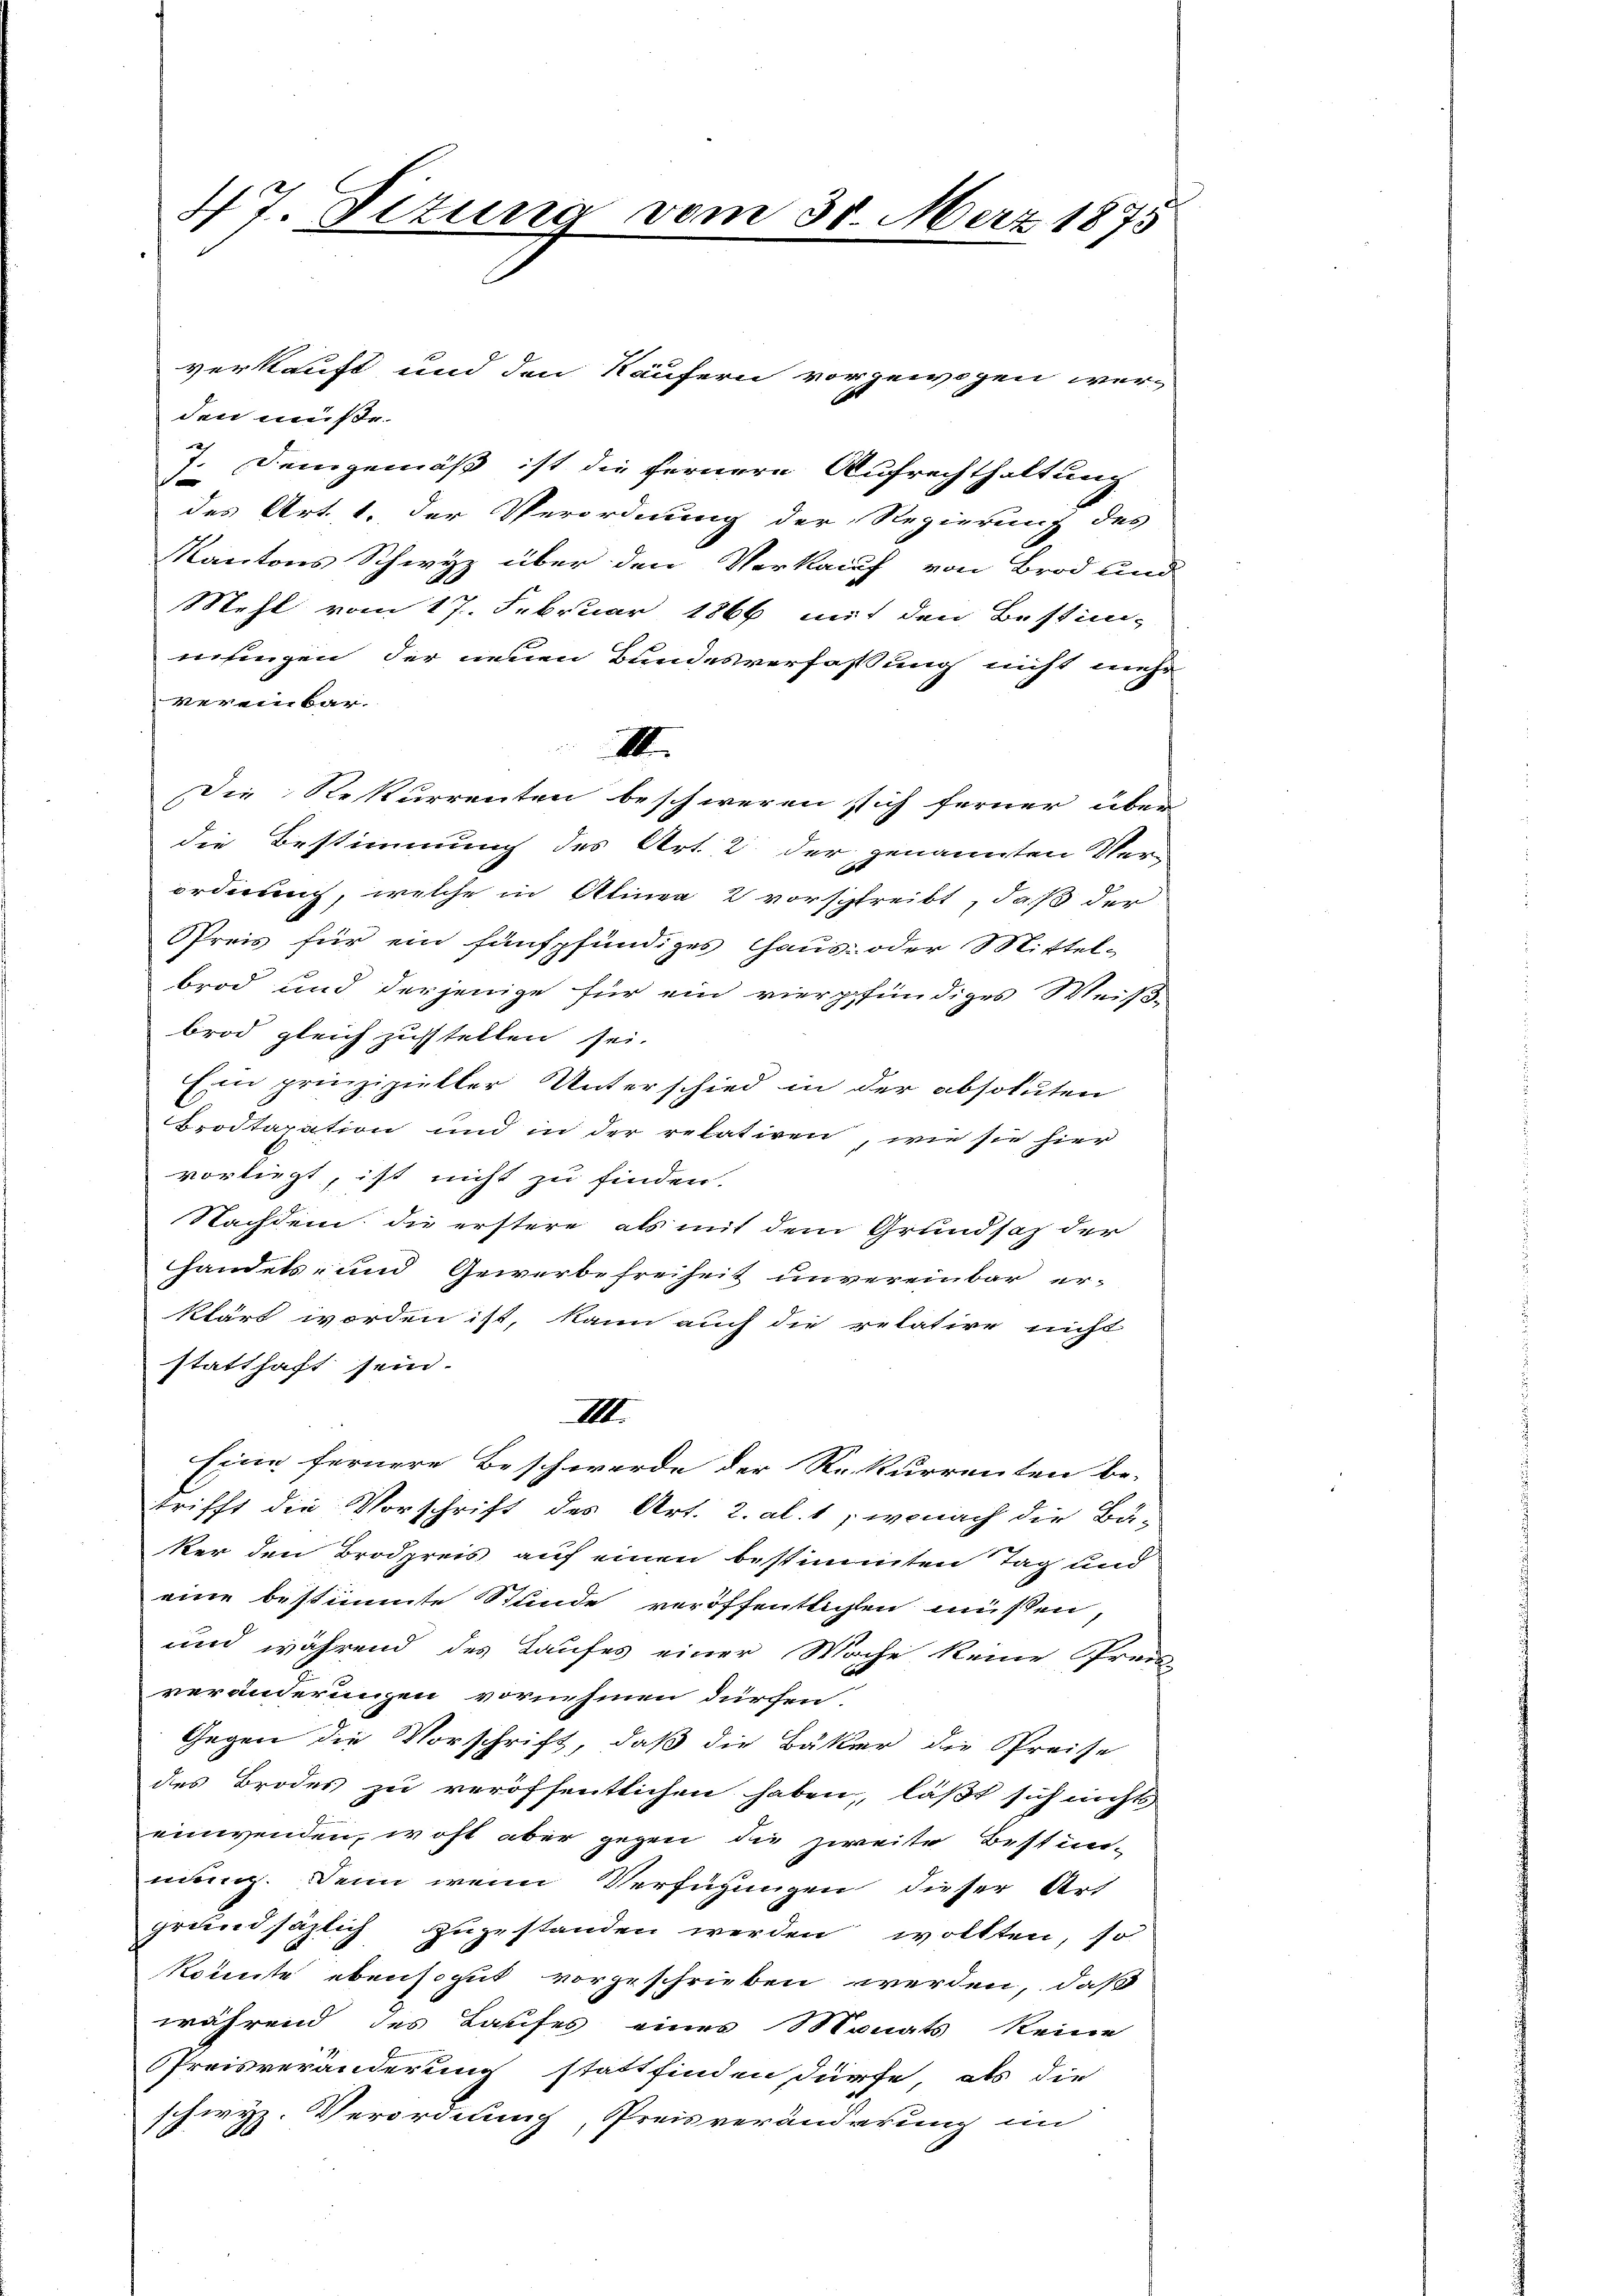
47. Dezung vom 30. März 1875

verkauft und den Käufern vorgewogen wer-
den müße.
7. Demgemäß ist die fernere Aufrechthaltung
des Art. 1. der Verordnung der Regierung des
Kantons Schwyz über den Verkauf von Brod und
Mehl vom 17. Februar 1866 mit den Bestim-
misingen der neuen Bundesverfassung nicht mehr
vereinbar.
III
Die Rekurrenten beschweren sich ferner über
die Bestimmung des Art. 2 der genannten Ver-
ordnung, welche in Alinea 2 vorschreibt, daß der
Preis für ein fünfpfündiges aus- oder Mittel-
brod und derjenige für ein vierpfündiges Weiß-
brod gleich zustellen sei.
Ein prinzipieller Unterschied in der absoluten
Brodtaxation und in der retatiren, wie sie hier
vorliegt, ist nicht zu finden.
Nachdem die erstere als mit dem Grundsaz der
handels- und Gewerbefreiheit unvereinbar er-
klärt worden ist, kann auch die relative nicht
statthaft sein.
III.
Eine fernere Beschwerde der Rekurrenten be-
trifft die Vorschrift des Art. 2. al. 1, wonach die Bu-
ker den Brodpreis auf einen bestimmten Tag und
eine bestimmte Stunde veröffentlichen müssen,
und während des Laufes einer Wache keine Prem-
veränderungen vornehmen dürchen
Gegen die Vorschrift, daß die Bäker die Spreise
des Brodes zu veröffentlichen haben, läßt sich nichts
einwenden, wohl aber gegen die zweite Bestimnung. Denn wenn Verfügungen dieser Art
grundsäzlich zuzustanden werden wollten, so
könnte ebensogut vorgeschrieben werden, daß
während des Taufes einer Monats keine
Preisveränderung stattfinden dürfe, als die
schwyz. Verordnung, Preisveränderung im